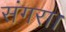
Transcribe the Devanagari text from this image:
संगरा।